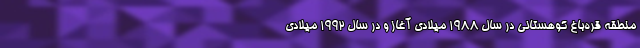
منطقه قره‌باغ کوهستانی در سال ۱۹۸۸ میلادی آغاز و در سال ۱۹۹۲ میلادی